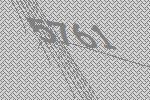
5761